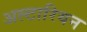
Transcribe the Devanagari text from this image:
अल्टारियन